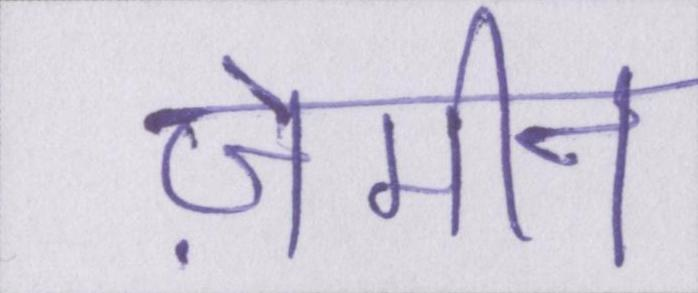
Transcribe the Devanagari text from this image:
ज़मीन